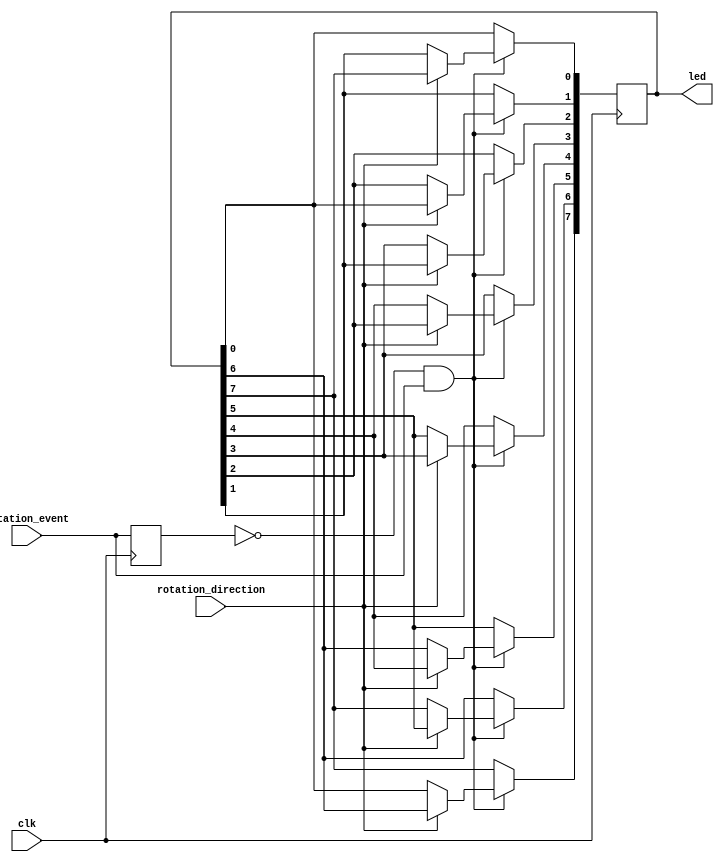
`timescale 1ns / 1ps
//////////////////////////////////////////////////////////////////////////////////
// Company: 
// Engineer: 
// 
// Design Name: 
// Module Name:    rotary_shaft_encoder 
// Project Name: 
// Target Devices: 
// Tool versions: 
// Description: 
//
// Dependencies: 
//
// Revision: 
// Revision 0.01 - File Created
// Additional Comments: 
//
//////////////////////////////////////////////////////////////////////////////////
module rotary_shaft_encoder (clk, rotation_event, rotation_direction, led);
    //Inputs
    input clk, rotation_event, rotation_direction;

    //Outputs
    output [7:0] led;
    reg [7:0] led = 1;

    //Local Variables
    reg prev_rotation_event = 1;

    always @(posedge clk) begin
        prev_rotation_event <= rotation_event;
        if(prev_rotation_event == 0 & rotation_event == 1) begin
            if(rotation_direction == 0) begin
                led[0] <= led[1];
                led[1] <= led[2];
                led[2] <= led[3];
                led[3] <= led[4];
                led[4] <= led[5];
                led[5] <= led[6];
                led[6] <= led[7];
                led[7] <= led[0]; 
            end
            if(rotation_direction == 1) begin
                led[1] <= led[0];
                led[2] <= led[1];
                led[3] <= led[2];
                led[4] <= led[3];
                led[5] <= led[4];
                led[6] <= led[5];
                led[7] <= led[6];
                led[0] <= led[7]; 
            end
        end
    end
endmodule